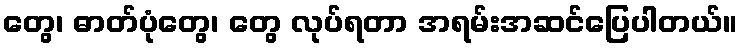
တွေ၊ ဓာတ်ပုံတွေ၊ တွေ လုပ်ရတာ အရမ်းအဆင်ပြေပါတယ်။